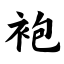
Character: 袍